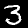
Label: 3